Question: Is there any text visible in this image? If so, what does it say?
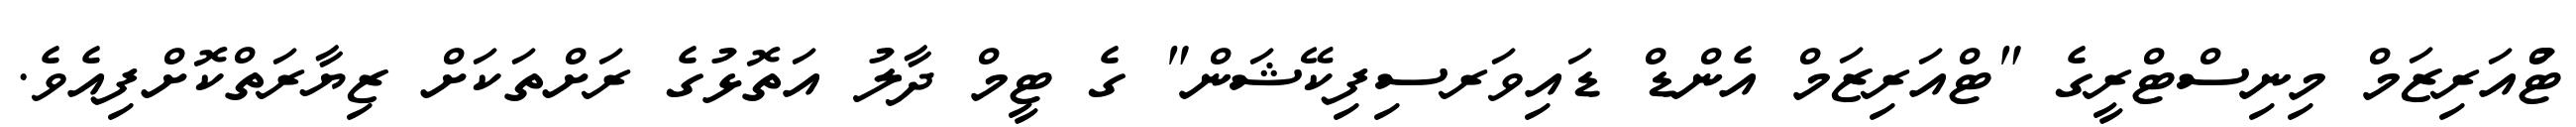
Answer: ޓްުއަރިޒަމް މިނިސްޓްރީގެ "ޓްއަރިޒަމް އެންޑް ޑައިވަރސިފިކޭޝަން" ގެ ޓީމް ދާލު އަތޮޅުގެ ރަށްތަކަށް ޒިޔާރަތްކޮށްފިއެވެ.